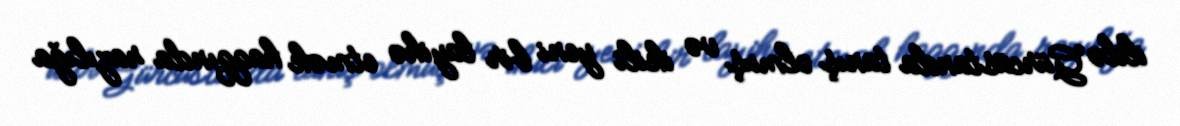
ildə Gürcüstanda tanış olmuş və ikili yeni bir layihə etmək haqqında razılığa